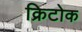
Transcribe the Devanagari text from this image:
क्रिटोक